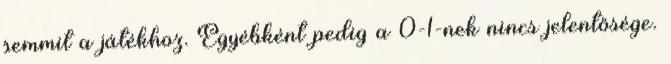
semmit a játékhoz. Egyébként pedig a 0-1-nek nincs jelentősége.